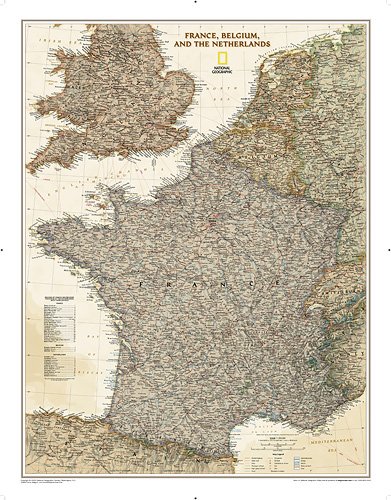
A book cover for France, Belgium, and The Netherlands Executive [Tubed] (National Geographic Reference Map); National Geographic Maps - Reference; Travel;